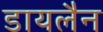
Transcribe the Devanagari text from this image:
डायलैन